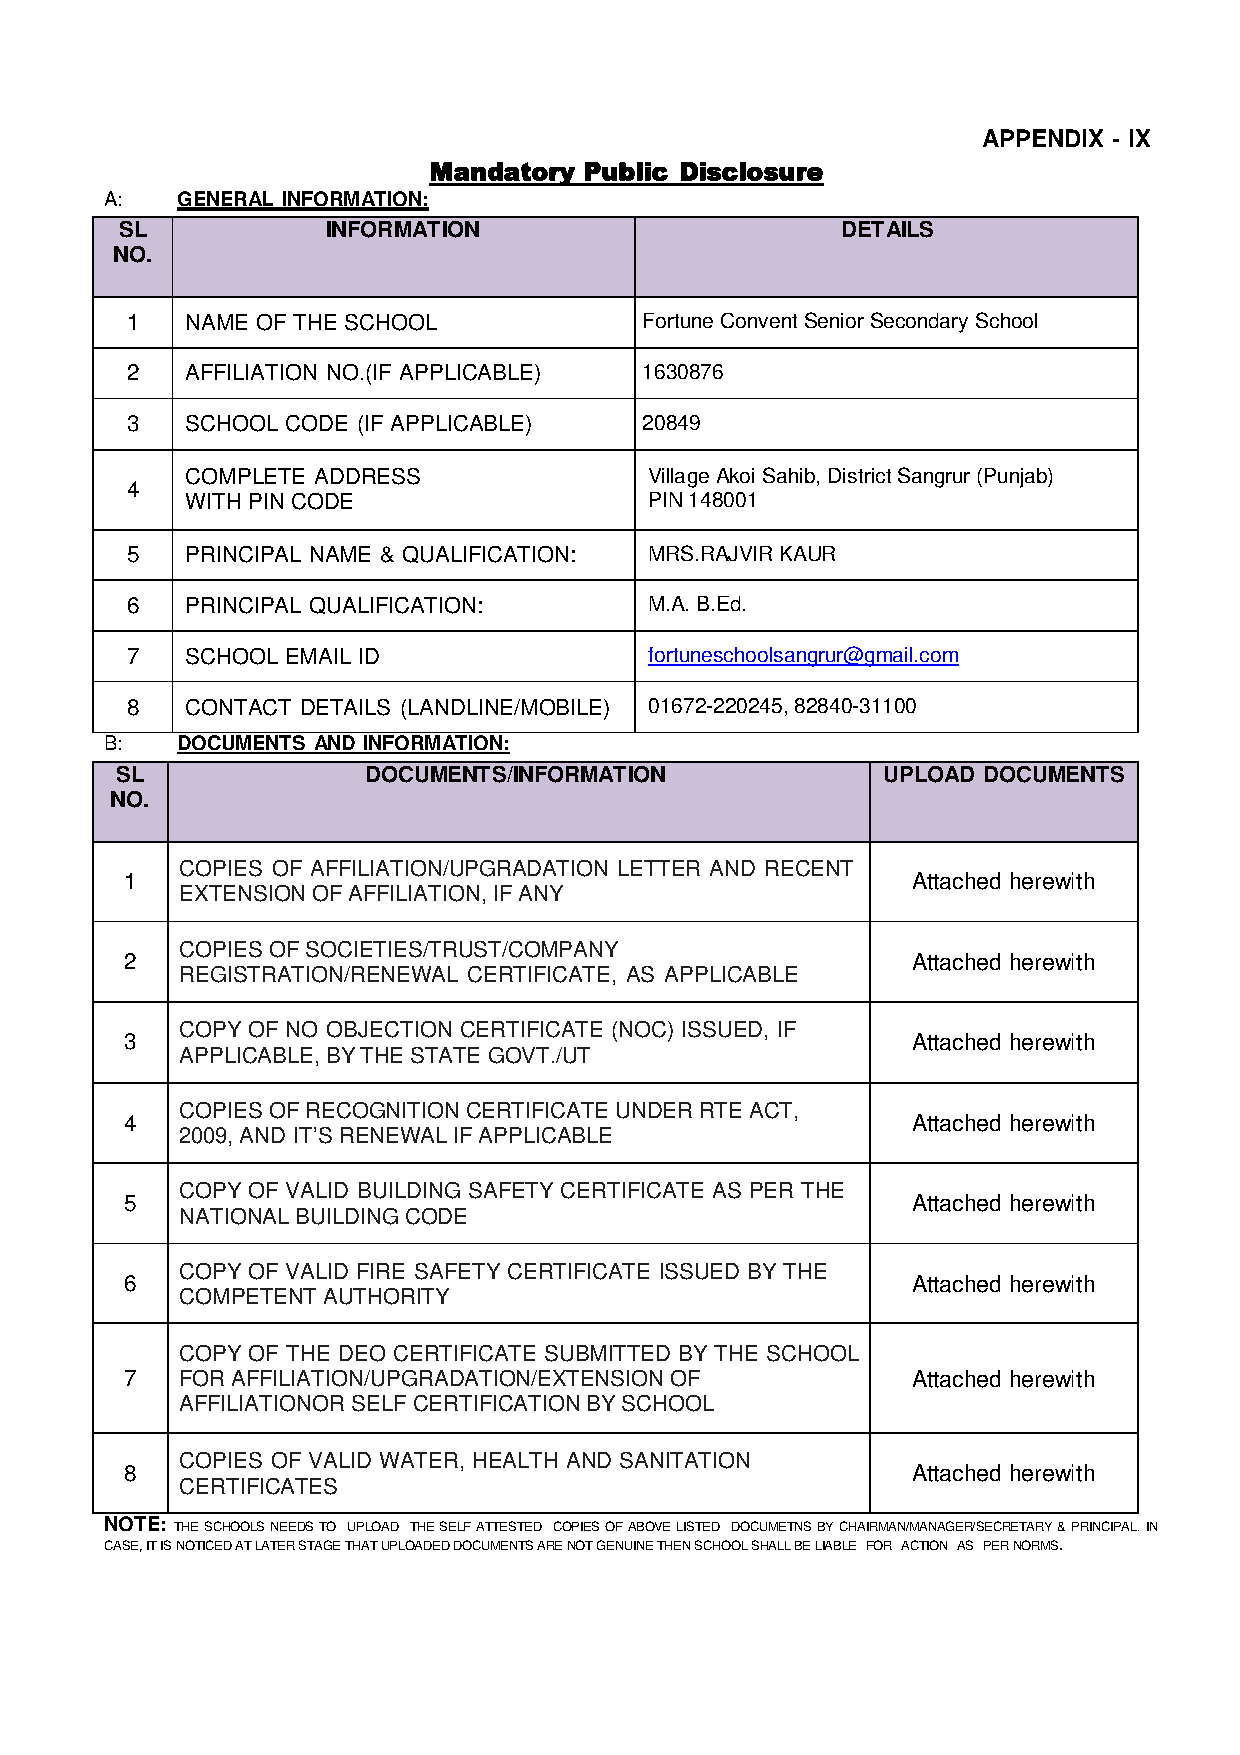
APPENDIX - IX
 Mandatory  Public Disclosure
 A:   GENERAL INFORMATION:
 SL            INFORMATION                       DETAILS
 NO.
 1   NAME OF THE SCHOOL             Fortune Convent Senior Secondary School
 2   AFFILIATION NO.(IF APPLICABLE) 1630876
 3   SCHOOL CODE (IF APPLICABLE)    20849
 COMPLETE ADDRESS               Village Akoi Sahib, District Sangrur (Punjab)
 4
 WITH PIN CODE                  PIN 148001
 5   PRINCIPAL NAME & QUALIFICATION: MRS.RAJVIR KAUR
 6   PRINCIPAL QUALIFICATION:       M.A. B.Ed.
 7   SCHOOL EMAIL ID                fortuneschoolsangrur@gmail.com
 8   CONTACT DETAILS (LANDLINE/MOBILE) 01672-220245, 82840-31100
 B:   DOCUMENTS AND INFORMATION:
 SL              DOCUMENTS/INFORMATION             UPLOAD DOCUMENTS
 NO.
 COPIES OF AFFILIATION/UPGRADATION LETTER AND RECENT
 1                                                   Attached herewith
 EXTENSION OF AFFILIATION, IF ANY
 COPIES OF SOCIETIES/TRUST/COMPANY
 2                                                   Attached herewith
 REGISTRATION/RENEWAL CERTIFICATE, AS APPLICABLE
 COPY OF NO OBJECTION CERTIFICATE (NOC) ISSUED, IF
 3                                                   Attached herewith
 APPLICABLE, BY THE STATE GOVT./UT
 COPIES OF RECOGNITION CERTIFICATE UNDER RTE ACT,
 4                                                   Attached herewith
 2009, AND IT’S RENEWAL IF APPLICABLE
 COPY OF VALID BUILDING SAFETY CERTIFICATE AS PER THE
 5                                                   Attached herewith
 NATIONAL BUILDING CODE
 COPY OF VALID FIRE SAFETY CERTIFICATE ISSUED BY THE
 6                                                   Attached herewith
 COMPETENT AUTHORITY
 COPY OF THE DEO CERTIFICATE SUBMITTED BY THE SCHOOL
 7   FOR AFFILIATION/UPGRADATION/EXTENSION OF        Attached herewith
 AFFILIATIONOR SELF CERTIFICATION BY SCHOOL
 COPIES OF VALID WATER, HEALTH AND SANITATION
 8                                                   Attached herewith
 CERTIFICATES
 NOTE: THE SCHOOLS NEEDS TO UPLOAD THE SELF ATTESTED COPIES OF ABOVE LISTED DOCUMETNS BY CHAIRMAN/MANAGER/SECRETARY & PRINCIPAL. IN
 CASE, IT IS NOTICED AT LATER STAGE THAT UPLOADED DOCUMENTS ARE NOT GENUINE THEN SCHOOL SHALL BE LIABLE FOR ACTION AS PER NORMS.